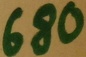
Text: 680